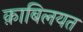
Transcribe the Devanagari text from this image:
क़ाबिलयत